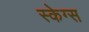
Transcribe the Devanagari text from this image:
स्केग्स